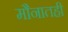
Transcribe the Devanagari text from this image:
मौनातही